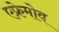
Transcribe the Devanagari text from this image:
एफ्रेमोव